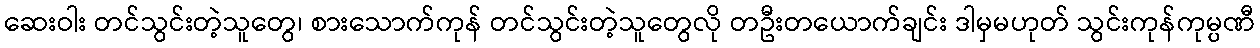
ဆေးဝါး တင်သွင်းတဲ့သူတွေ၊ စားသောက်ကုန် တင်သွင်းတဲ့သူတွေလို တဦးတယောက်ချင်း ဒါမှမဟုတ် သွင်းကုန်ကုမ္ပဏီ